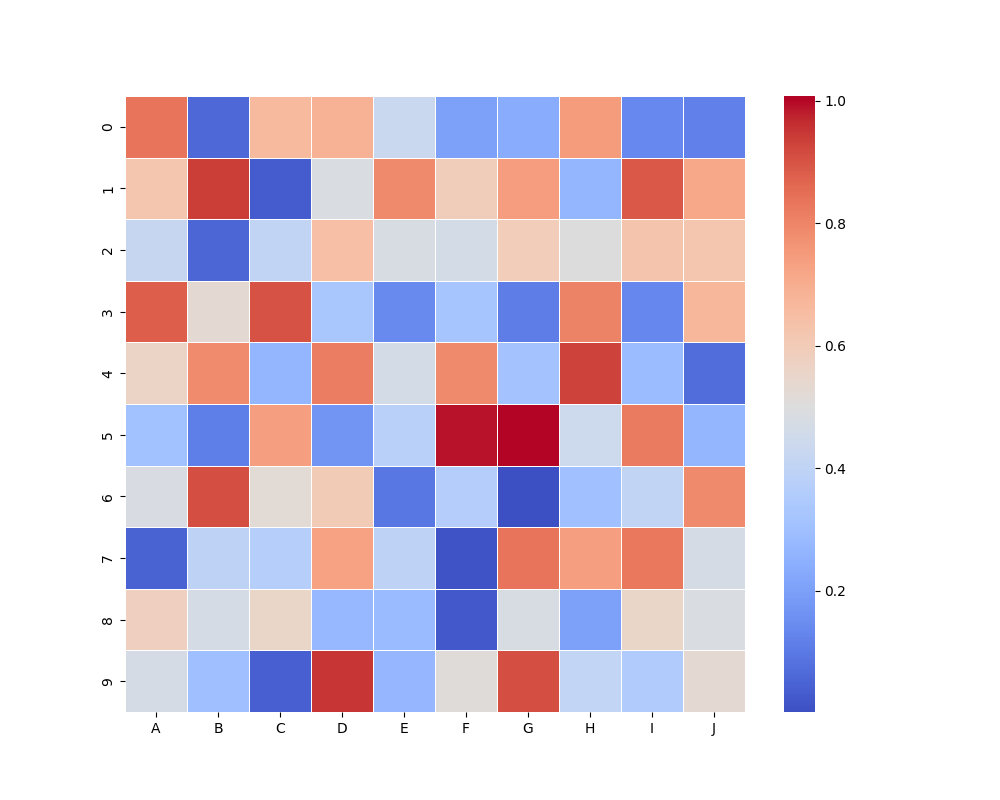
python, seaborn, heatmap, cmap='coolwarm', linewidths=0.5, center=0.5